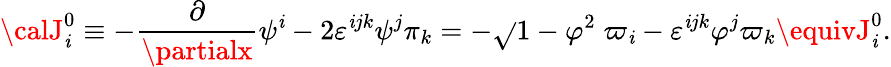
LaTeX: {\calJ}_{\mathit{i}}^{0}\equiv-\frac{\partial}{{\partialx}}\psi^{\mathit{i}}-2\varepsilon^{\mathit{i}jk}\psi^{j}\pi_{k}=-\sqrt{}{{1-{\mathbf{\varphi}}^{2}}}\; \varpi_{\mathit{i}}-\varepsilon^{\mathit{i}jk}\varphi^{j}\varpi_{k}\equivJ_{\mathit{i}}^{0}.